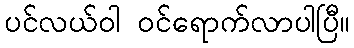
ပင်လယ်ဝါ ဝင်ရောက်လာပါပြီ။